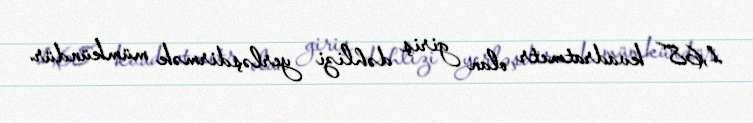
1,68 kvadratmetr olan giriş dəhlizi yerləşdirmək mümkündür.